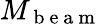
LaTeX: M_{\mathrm{~b~e~a~m~}}